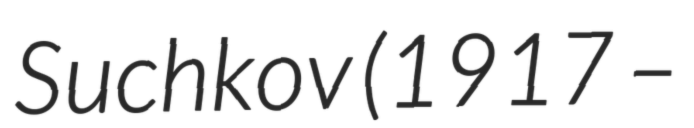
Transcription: Suchkov (1917 –